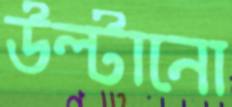
উল্‌টানো